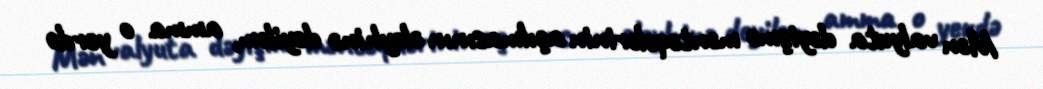
Mən valyuta dəyişmə məntəqələrinin açılmasının əleyhinə deyiləm, amma o yerdə